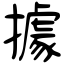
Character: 據